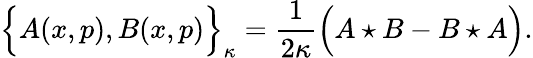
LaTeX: \Big\{ A(x,p),B(x,p)\Big\} _{\kappa}=\frac{1}{2\kappa}\Big(A\star B-B\star A\Big).